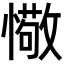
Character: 𢢩